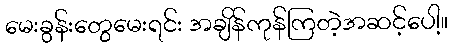
မေးခွန်းတွေမေးရင်း အချိန်ကုန်ကြတဲ့အဆင့်ပေါ့။